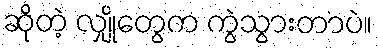
ဆိုတဲ့ လျှိုတွေက ကွဲသွားတာပဲ။